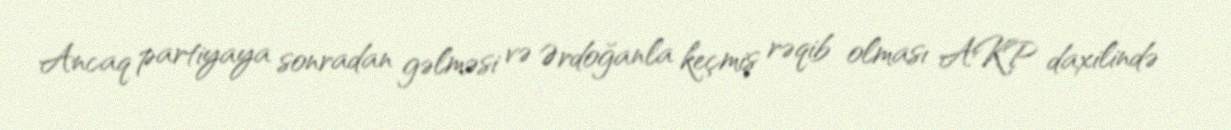
Ancaq partiyaya sonradan gəlməsi və Ərdoğanla keçmiş rəqib olması AKP daxilində